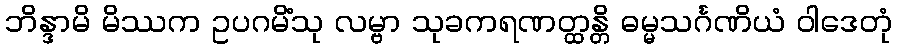
ဘိန္ဒာမိ မိဿက ဥပဂမိံသု လမ္ဗာ သုခကရဏတ္ထန္တိ ဓမ္မသင်္ဂဏိယံ ဝါဒေတုံ